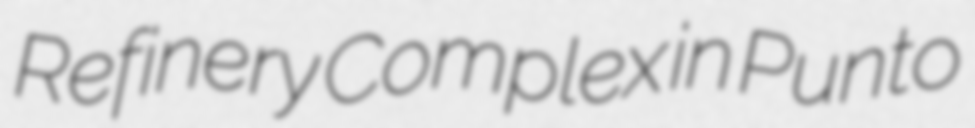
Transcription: Refinery Complex in Punto